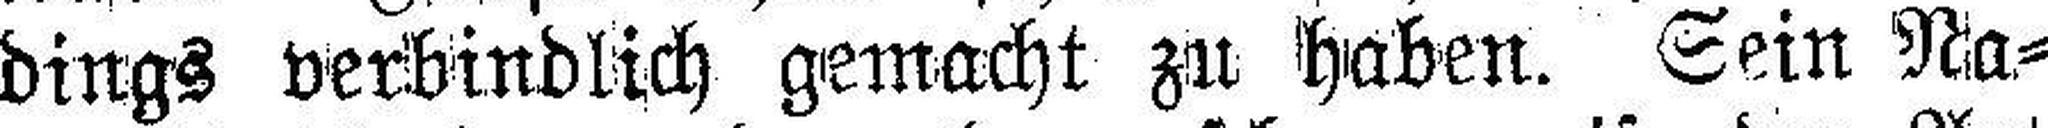
dings verbindlich gemacht zu haben. Sein Na¬